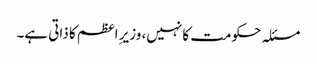
مسئلہ حکومت کا نہیں، وزیرِ اعظم کا ذاتی ہے۔